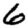
Digit: 6